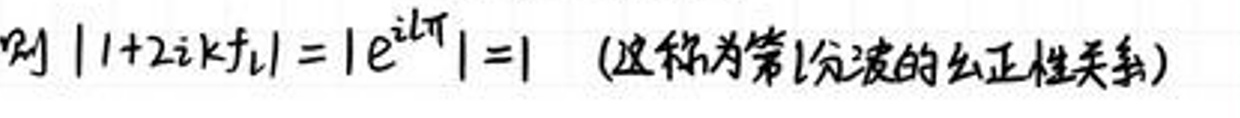
则\(\vert 1 + 2ikf_l\vert=\vert e^{i2l\pi}\vert = 1\)（这称为常\(l\)分波的幺正性关系）